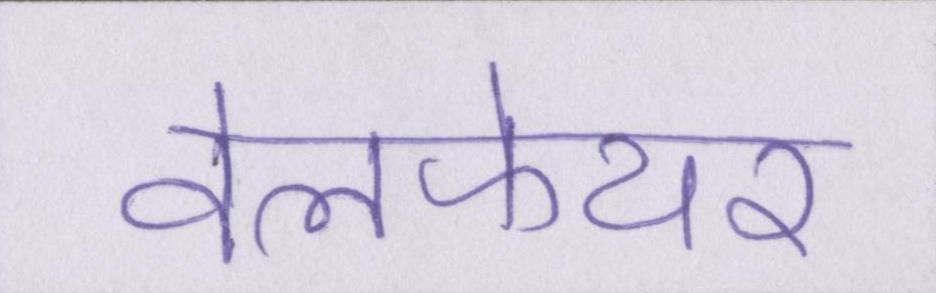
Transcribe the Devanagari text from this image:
वेलफेयर